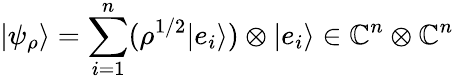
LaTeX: |\psi_{\rho}\rangle=\sum_{i=1}^{n}(\rho^{{1}/{2}}|e_{i}\rangle)\otimes|e_{i}\rangle\in\mathbb{C}^{n}\otimes\mathbb{C}^{n}